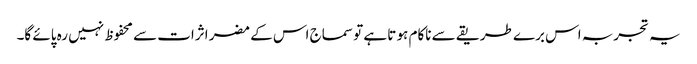
یہ تجربہ اس برے طریقے سے ناکام ہو تا ہے تو سماج اس کے مضر اثرات سے محفوظ نہیں رہ پائے گا۔